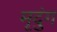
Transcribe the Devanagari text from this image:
मृदुंग